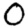
Digit: 0